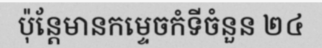
ប៉ុន្តែមានកម្ទេចកំទីចំនួន ២៤